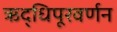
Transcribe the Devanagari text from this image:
ऋद्धिपूरवर्णन